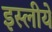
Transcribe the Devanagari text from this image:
इस्लीये